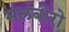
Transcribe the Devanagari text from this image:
मलबोरो